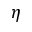
\eta